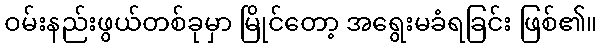
ဝမ်းနည်းဖွယ်တစ်ခုမှာ မြိုင်တော့ အရွေးမခံရခြင်း ဖြစ်၏။